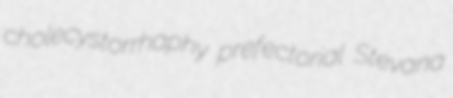
cholecystorrhaphy prefectorial Stevana